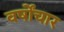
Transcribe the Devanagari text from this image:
वर्षोंचार